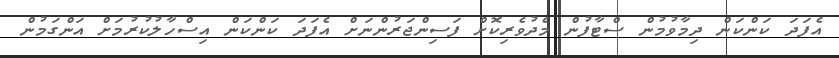
އެފަދަ ކަންކަން ދިމާވުމުން ސްޓާފުން މެދުވެރިކޮށް ފަސިންޖަރުންނަށް އެފަދަ ކަންކަން އިސްހާލުކުރުމަށް އަންގަމުން